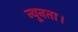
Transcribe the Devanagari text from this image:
न्यूनता।